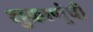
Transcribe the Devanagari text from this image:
शुक्राणूंची